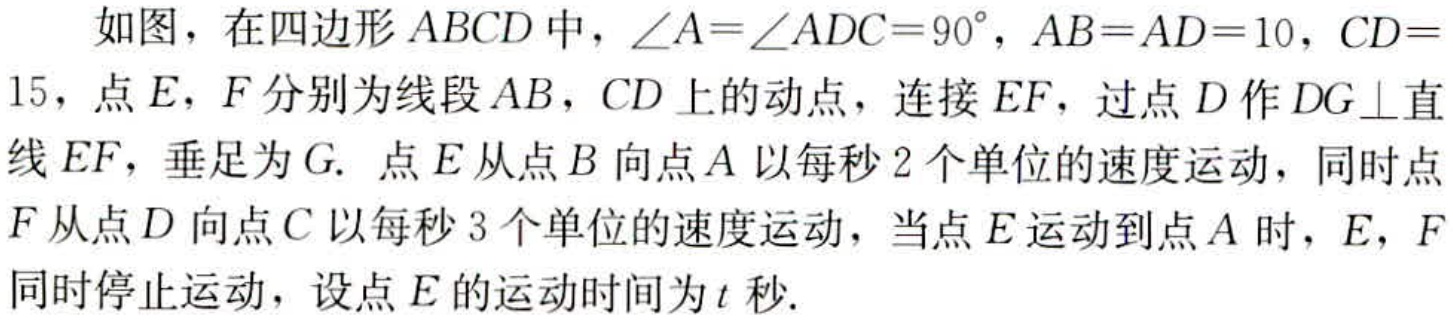
如图，在四边形\(ABCD\)中，\(\angle A = \angle ADC = 90^{\circ}\)，\(AB = AD = 10\)，\(CD = 15\)，点\(E\)，\(F\)分别为线段\(AB\)，\(CD\)上的动点，连接\(EF\)，过点\(D\)作\(DG\perp\)直线\(EF\)，垂足为\(G\). 点\(E\)从点\(B\)向点\(A\)以每秒\(2\)个单位的速度运动，同时点\(F\)从点\(D\)向点\(C\)以每秒\(3\)个单位的速度运动，当点\(E\)运动到点\(A\)时，\(E\)，\(F\)同时停止运动，设点\(E\)的运动时间为\(t\)秒.